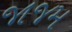
જાજમ